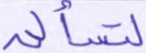
لتسألن